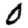
Digit: 0